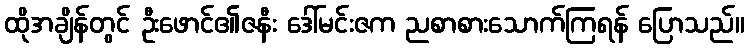
ထိုအချိန်တွင် ဦးဖောင်၏ဇနီး ဒေါ်မင်းဇက ညစာစားသောက်ကြရန် ပြောသည်။